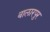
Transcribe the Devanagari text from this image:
बालारपुर